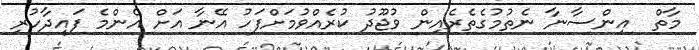
މާތް  އިންސާނާ ނެތުމުގެތެރެއިން ވުޖޫދު ކުރެއްވުމަށްފަހު އޭނާ އަށް އެންމެ ފައިދާހުރި